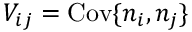
V _ { i j } = \mathrm { C o v } \{ n _ { i } , n _ { j } \}